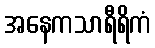
အနေကသာရီရိကံ